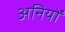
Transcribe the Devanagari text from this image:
अनियों